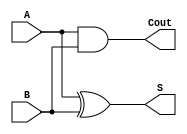
`timescale 1ns / 1ps

module hadder(
    input A,B,
    output S,Cout
    );
    xor(S,A,B);
    and(Cout,A,B);
endmodule